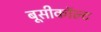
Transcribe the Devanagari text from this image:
बूसीकॉल्ट